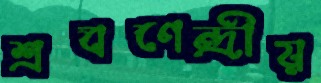
শ্রবণেন্দ্রীয়